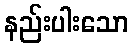
နည်းပါးသော